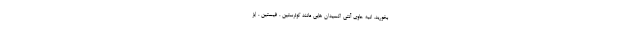
بخورید. انبه حاوی آنتی اکسیدان هایی مانند کوئرستین ، فیستین ، ایز